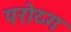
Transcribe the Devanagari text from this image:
परोय्ग